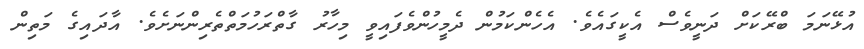
އުޅޭނަމަ ބްރޭކަށް ދަނީވެސް އެކީގައެވެ. އެހެންކަމުން ދެމީހުންވެފައިވީ މިހާރު ގާތްރަހުމަތްތެރިންނަށެވެ. އާދައިގެ މަތިން